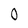
Character: 0